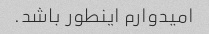
امیدوارم اینطور باشد.